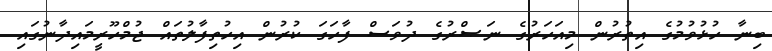
ބިނާ ހުޅުވުމުގެ އިތުރުން މިއަހަރުގެ ނަޞްރުގެ ދުވަސް ފާހަގަ ކުރުން އިހުތިފާލުތައް ޖުމްހޫރީމައިދާނުގައި